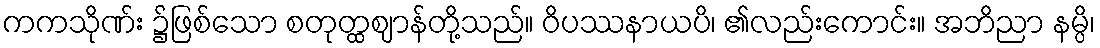
ကကသိုဏ်း ၌ဖြစ်သော စတုတ္ထဈာန်တို့သည်။ ဝိပဿနာယပိ၊ ၏လည်းကောင်း။ အဘိညာ နမ္ပိ၊